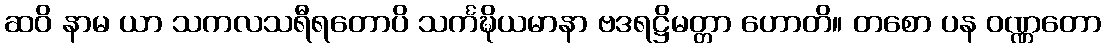
ဆဝိ နာမ ယာ သကလသရီရတောပိ သင်္ကဍ္ဎိယမာနာ ဗဒရဋ္ဌိမတ္တာ ဟောတိ။ တစော ပန ဝဏ္ဏတော